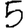
Digit: 5